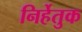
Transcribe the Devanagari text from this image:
निर्हेतुक